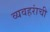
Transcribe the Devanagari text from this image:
व्यवहरांची